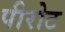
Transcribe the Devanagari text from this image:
पीरोट